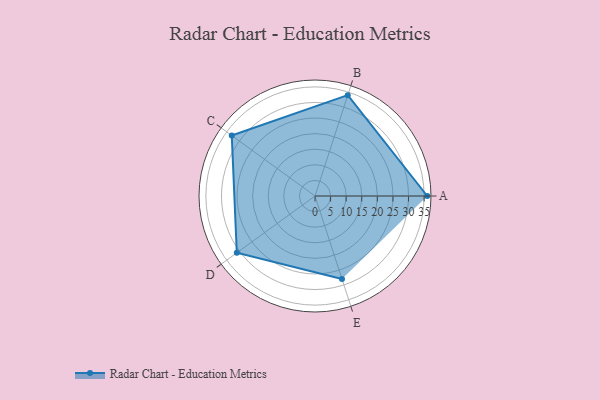
{"axis": {"x": "Skill", "y": "Score"}, "legend": ["Profile"], "data": [{"x": "A", "y": 36.0, "type": "Profile"}, {"x": "B", "y": 34.0, "type": "Profile"}, {"x": "C", "y": 33.0, "type": "Profile"}, {"x": "D", "y": 31.0, "type": "Profile"}, {"x": "E", "y": 28.0, "type": "Profile"}]}